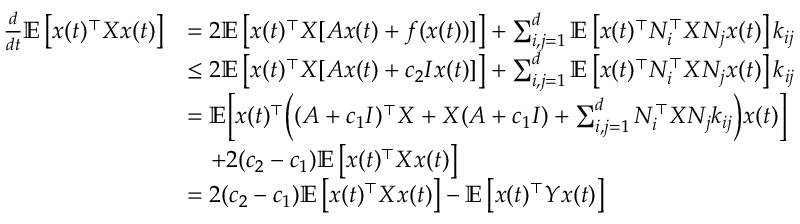
\begin{array} { r l } { \frac { d } { d t } \mathbb E \left[ x ( t ) ^ { \top } X x ( t ) \right] } & { = 2 \mathbb E \left[ x ( t ) ^ { \top } X [ A x ( t ) + f ( x ( t ) ) ] \right] + \sum _ { i , j = 1 } ^ { d } \mathbb E \left[ x ( t ) ^ { \top } N _ { i } ^ { \top } X N _ { j } x ( t ) \right] k _ { i j } } \\ & { \leq 2 \mathbb E \left[ x ( t ) ^ { \top } X [ A x ( t ) + c _ { 2 } I x ( t ) ] \right] + \sum _ { i , j = 1 } ^ { d } \mathbb E \left[ x ( t ) ^ { \top } N _ { i } ^ { \top } X N _ { j } x ( t ) \right] k _ { i j } } \\ & { = \mathbb E \bigg [ x ( t ) ^ { \top } \Big ( ( A + c _ { 1 } I ) ^ { \top } X + X ( A + c _ { 1 } I ) + \sum _ { i , j = 1 } ^ { d } N _ { i } ^ { \top } X N _ { j } k _ { i j } \Big ) x ( t ) \bigg ] } \\ & { \quad + 2 ( c _ { 2 } - c _ { 1 } ) \mathbb E \left[ x ( t ) ^ { \top } X x ( t ) \right] } \\ & { = 2 ( c _ { 2 } - c _ { 1 } ) \mathbb E \left[ x ( t ) ^ { \top } X x ( t ) \right] - \mathbb E \left[ x ( t ) ^ { \top } Y x ( t ) \right] } \end{array}